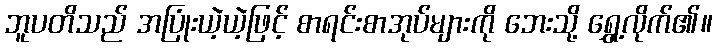
ဘူပတိသည် အပြုံးယဲ့ယဲ့ဖြင့် စာရင်းစာအုပ်များကို ဘေးသို့ ရွှေ့လိုက်၏။